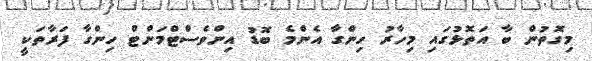
މިގޮތުން ބާ އަތޮޅުގައި މިހާރު ހިންގާ އެންމެ ބޮޑު އިންވެސްޓްމަންޓް ހިންގާ ފަރާތަކީ